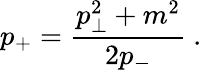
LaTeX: p_{+}=\frac{p_{\perp}^{2}+m^{2}}{2p_{-}}\ .